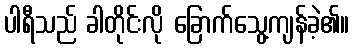
ပါရီသည် ခါတိုင်းလို ခြောက်သွေ့ကျန်ခဲ့၏။